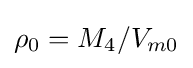
{\textstyle \rho _{0}=M_{4}/V_{m0}}